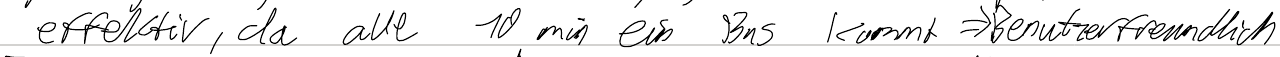
effektiv, da alle 10min ein Bus kommt => Benutzerfreundlich